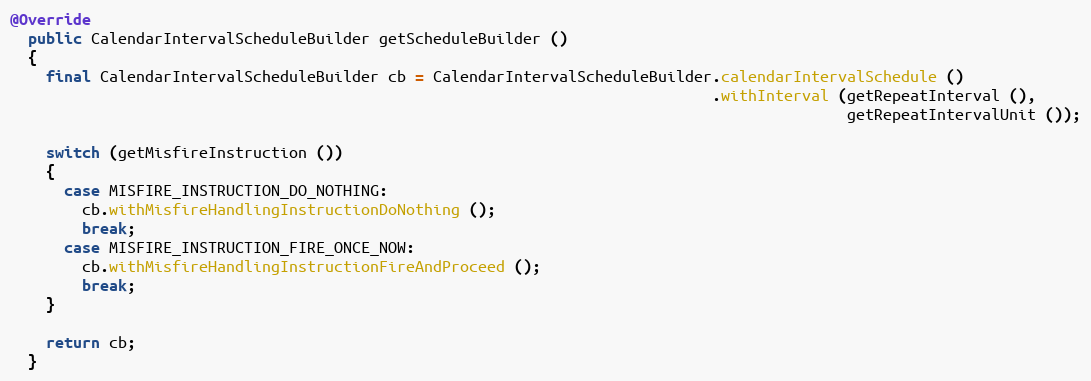
Language: Java
@Override
  public CalendarIntervalScheduleBuilder getScheduleBuilder ()
  {
    final CalendarIntervalScheduleBuilder cb = CalendarIntervalScheduleBuilder.calendarIntervalSchedule ()
                                                                              .withInterval (getRepeatInterval (),
                                                                                             getRepeatIntervalUnit ());

    switch (getMisfireInstruction ())
    {
      case MISFIRE_INSTRUCTION_DO_NOTHING:
        cb.withMisfireHandlingInstructionDoNothing ();
        break;
      case MISFIRE_INSTRUCTION_FIRE_ONCE_NOW:
        cb.withMisfireHandlingInstructionFireAndProceed ();
        break;
    }

    return cb;
  }